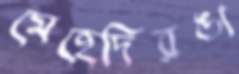
মেহেদিরঙা